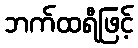
ဘက်ထရီဖြင့်